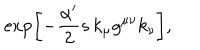
LaTeX: \exp \left[ - \frac { \alpha ^ { \prime } } { 2 } s \, k _ { \mu } g ^ { \mu \nu } k _ { \nu } \right] ,